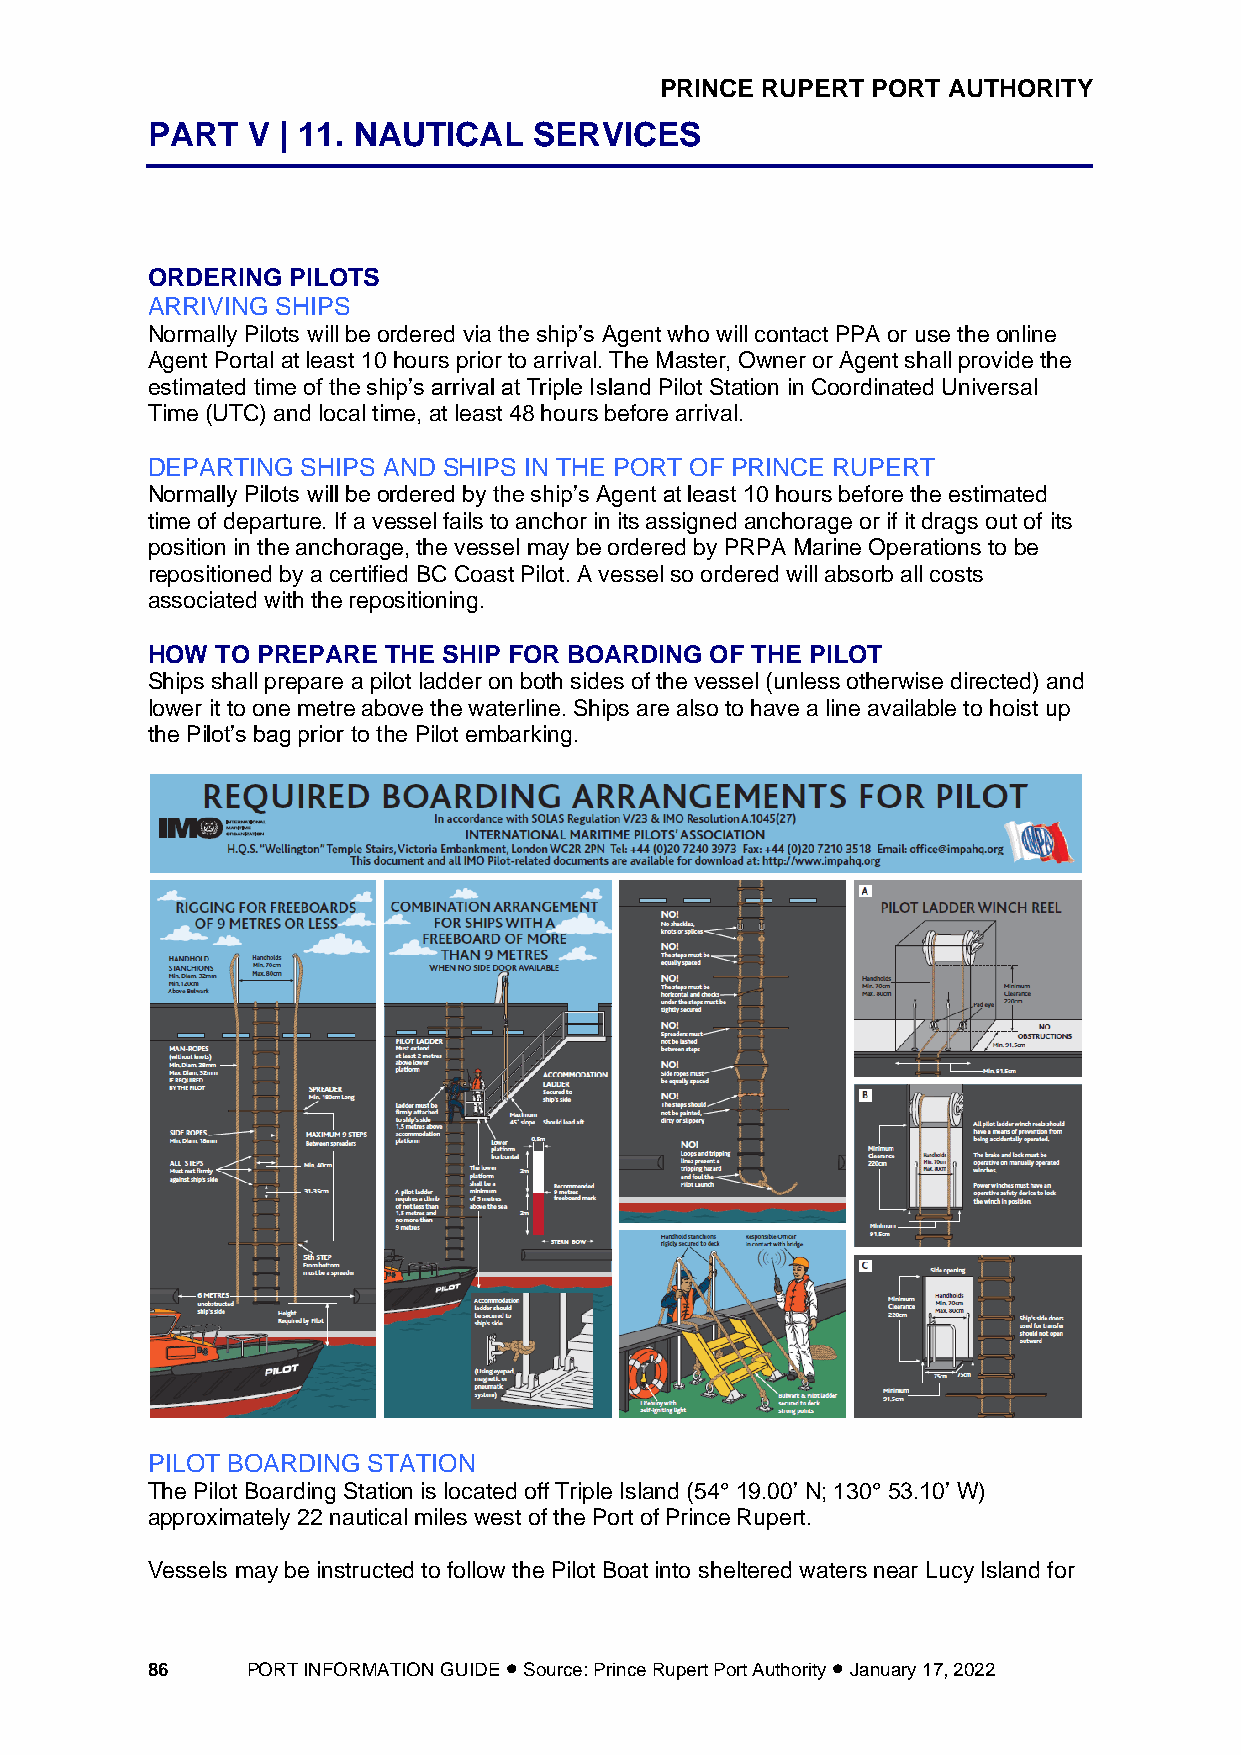
PRINCE RUPERT PORT AUTHORITY
 PART  V | 11. NAUTICAL   SERVICES
 ORDERING PILOTS
 ARRIVING SHIPS
 Normally Pilots will be ordered via the ship’s Agent who will contact PPA or use the online
 Agent Portal at least 10 hours prior to arrival. The Master, Owner or Agent shall provide the
 estimated time of the ship’s arrival at Triple Island Pilot Station in Coordinated Universal
 Time (UTC) and local time, at least 48 hours before arrival.
 DEPARTING SHIPS AND SHIPS IN THE PORT OF PRINCE RUPERT
 Normally Pilots will be ordered by the ship’s Agent at least 10 hours before the estimated
 time of departure. If a vessel fails to anchor in its assigned anchorage or if it drags out of its
 position in the anchorage, the vessel may be ordered by PRPA Marine Operations to be
 repositioned by a certified BC Coast Pilot. A vessel so ordered will absorb all costs
 associated with the repositioning.
 HOW TO PREPARE THE SHIP FOR BOARDING OF THE PILOT
 Ships shall prepare a pilot ladder on both sides of the vessel (unless otherwise directed) and
 lower it to one metre above the waterline. Ships are also to have a line available to hoist up
 the Pilot’s bag prior to the Pilot embarking.
 PILOT BOARDING STATION
 The Pilot Boarding Station is located off Triple Island (54° 19.00’ N; 130° 53.10’ W)
 approximately 22 nautical miles west of the Port of Prince Rupert.
 Vessels may be instructed to follow the Pilot Boat into sheltered waters near Lucy Island for
 86    PORT INFORMATION GUIDE • Source: Prince Rupert Port Authority • January 17, 2022